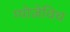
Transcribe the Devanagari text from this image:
ग्योज़ेविच